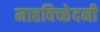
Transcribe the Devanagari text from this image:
माहविच्छेदनी